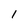
Character: 1